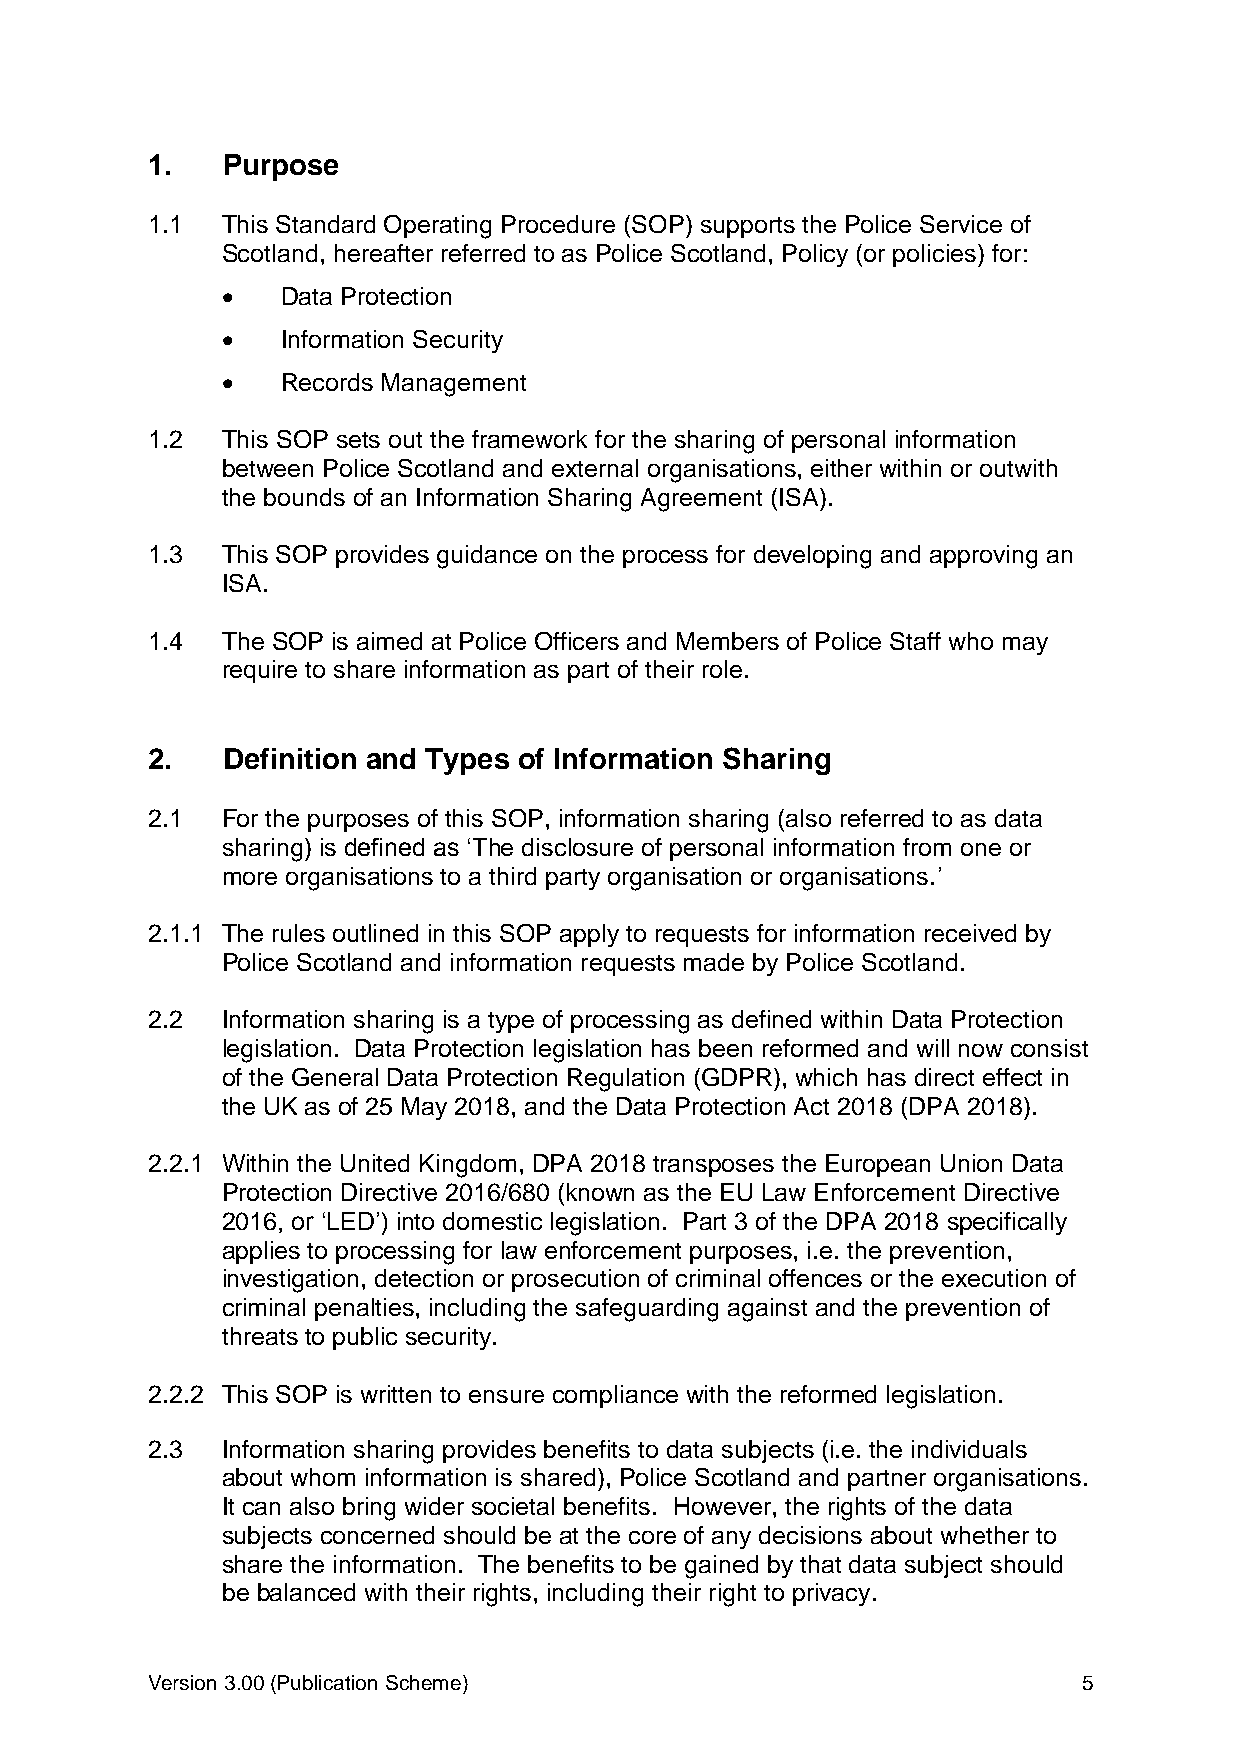
1.   Purpose
 1.1  This Standard Operating Procedure (SOP) supports the Police Service of
 Scotland, hereafter referred to as Police Scotland, Policy (or policies) for:
    Data Protection
    Information Security
    Records Management
 1.2  This SOP sets out the framework for the sharing of personal information
 between Police Scotland and external organisations, either within or outwith
 the bounds of an Information Sharing Agreement (ISA).
 1.3  This SOP provides guidance on the process for developing and approving an
 ISA.
 1.4  The SOP is aimed at Police Officers and Members of Police Staff who may
 require to share information as part of their role.
 2.   Definition and Types of Information Sharing
 2.1  For the purposes of this SOP, information sharing (also referred to as data
 sharing) is defined as ‘The disclosure of personal information from one or
 more organisations to a third party organisation or organisations.’
 2.1.1 The rules outlined in this SOP apply to requests for information received by
 Police Scotland and information requests made by Police Scotland.
 2.2  Information sharing is a type of processing as defined within Data Protection
 legislation. Data Protection legislation has been reformed and will now consist
 of the General Data Protection Regulation (GDPR), which has direct effect in
 the UK as of 25 May 2018, and the Data Protection Act 2018 (DPA 2018).
 2.2.1 Within the United Kingdom, DPA 2018 transposes the European Union Data
 Protection Directive 2016/680 (known as the EU Law Enforcement Directive
 2016, or ‘LED’) into domestic legislation. Part 3 of the DPA 2018 specifically
 applies to processing for law enforcement purposes, i.e. the prevention,
 investigation, detection or prosecution of criminal offences or the execution of
 criminal penalties, including the safeguarding against and the prevention of
 threats to public security.
 2.2.2 This SOP is written to ensure compliance with the reformed legislation.
 2.3  Information sharing provides benefits to data subjects (i.e. the individuals
 about whom information is shared), Police Scotland and partner organisations.
 It can also bring wider societal benefits. However, the rights of the data
 subjects concerned should be at the core of any decisions about whether to
 share the information. The benefits to be gained by that data subject should
 be balanced with their rights, including their right to privacy.
 Version 3.00 (Publication Scheme)                             5